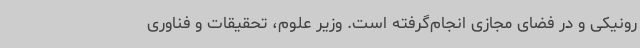
رونیکی و در فضای مجازی انجام‌گرفته است. وزیر علوم، تحقیقات و فناوری